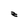
Character: z